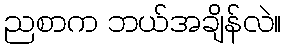
ညစာက ဘယ်အချိန်လဲ။